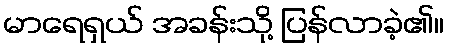
မာရေရှယ် အခန်းသို့ ပြန်လာခဲ့၏။